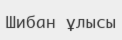
Шибан ұлысы